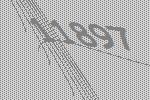
11897